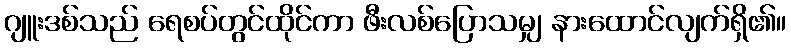
ဂျူးဒစ်သည် ရေစပ်တွင်ထိုင်ကာ ဖီးလစ်ပြောသမျှ နားထောင်လျက်ရှိ၏။